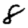
Digit: 8